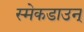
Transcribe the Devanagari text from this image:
स्मेकडाउन्